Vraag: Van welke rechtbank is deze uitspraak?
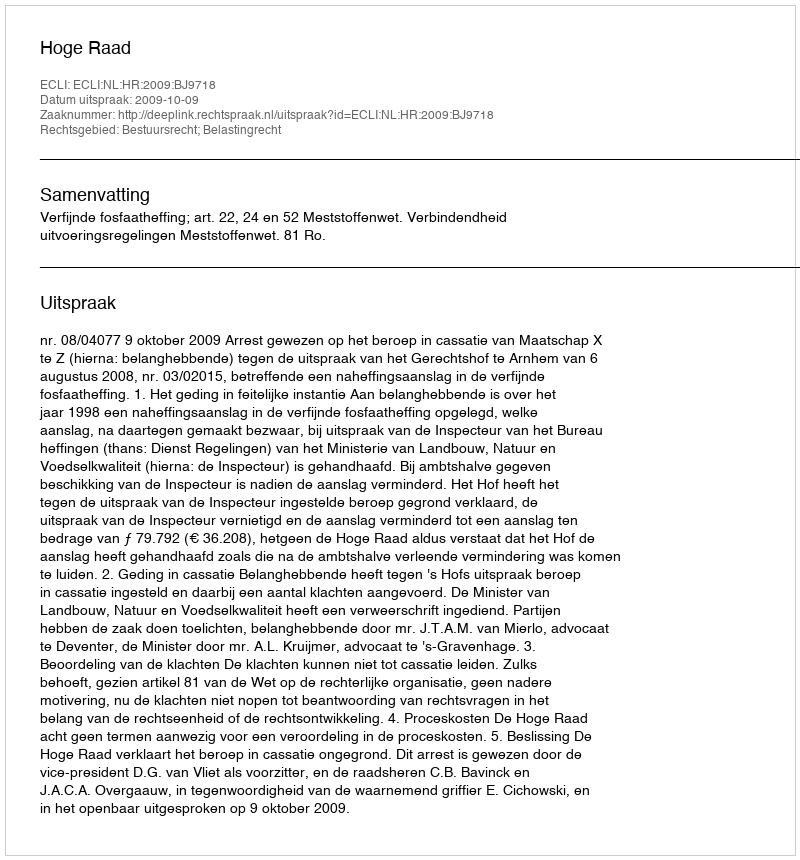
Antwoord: Hoge Raad